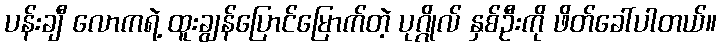
ပန်းချီ လောကရဲ့ ထူးချွန်ပြောင်မြောက်တဲ့ ပုဂ္ဂိုလ် နှစ်ဦးကို ဖိတ်ခေါ်ပါတယ်။